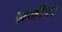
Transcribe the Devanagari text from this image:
ज़जीरों